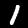
Label: 1